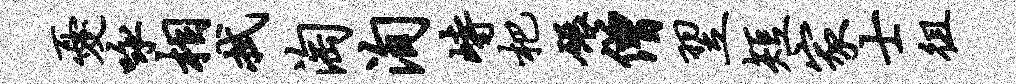
忧咏相拭淘洵峙杷碾僧翌短家士徂